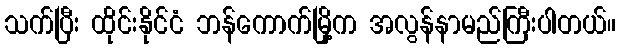
သက်ပြီး ထိုင်းနိုင်ငံ ဘန်ကောက်မြို့က အလွန်နာမည်ကြီးပါတယ်။